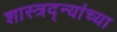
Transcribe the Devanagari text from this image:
शास्त्रद्न्यांच्या